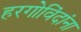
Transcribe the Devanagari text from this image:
हरगोविंदांना